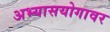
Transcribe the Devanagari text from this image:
अभ्यासयोगावर